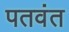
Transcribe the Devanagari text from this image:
पतवंत